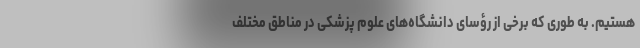
هستیم. به طوری که برخی از رؤسای دانشگاه‌های علوم پزشکی در مناطق مختلف